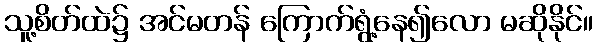
သူ့စိတ်ထဲ၌ အင်မတန် ကြောက်ရွံ့နေ၍လော မဆိုနိုင်။